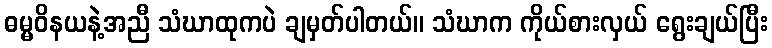
ဓမ္မဝိနယနဲ့အညီ သံဃာထုကပဲ ချမှတ်ပါတယ်။ သံဃာက ကိုယ်စားလှယ် ရွေးချယ်ပြီး